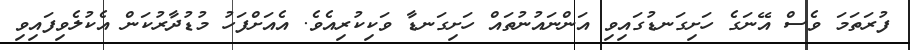
ފުރަތަމަ ވެސް އޭނަގެ ހަށިގަނޑުގައިވި އަންނައުނުތައް ހަށިގަނޑާ ވަކިކުރިއެވެ. އެއަށްފަހު މުޑުދާރުކަން އެކުލެވިފައިވި